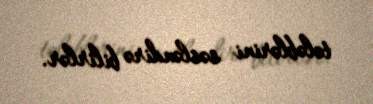
tələblərini səsləndirə bilirlər.